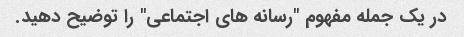
در یک جمله مفهوم "رسانه های اجتماعی" را توضیح دهید.